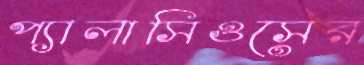
প্যালাসিওসের